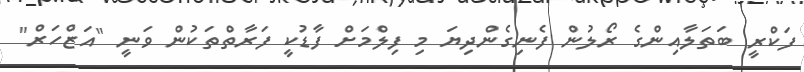
ފަކްރީ ބަތަލާއިންގެ ރޯލުން ފެނިގެންދިޔަ މި ފިލްމަށް ފާޑުކީ ފަރާތްތަކުން ވަނީ "އަޒްހަރް"